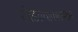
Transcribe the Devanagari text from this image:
सोडल्याकारणान